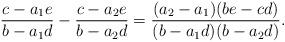
LaTeX: \begin{align*} \frac{c-a_1 e} {b - a_1 d} - \frac{c-a_2 e} {b - a_2 d}= \frac{(a_2-a_1 )(be-cd)} {(b - a_1 d)(b-a_2 d)}. \end{align*}